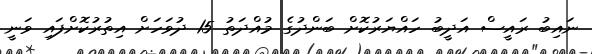
ނައިބު ރައީސް އަދީބު ހައްޔަރުކޮށް ބަންދުގެ މުއްދަތު 15 ދުވަހަށް އިތުރުކޮށްފައި ވަނީ